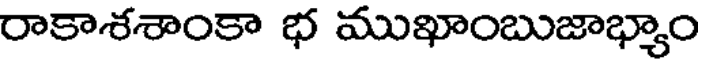
రాకాశశాంకా భ ముఖాంబుజాభ్యాం